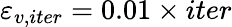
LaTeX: \varepsilon_{v,iter}=0.01\times iter